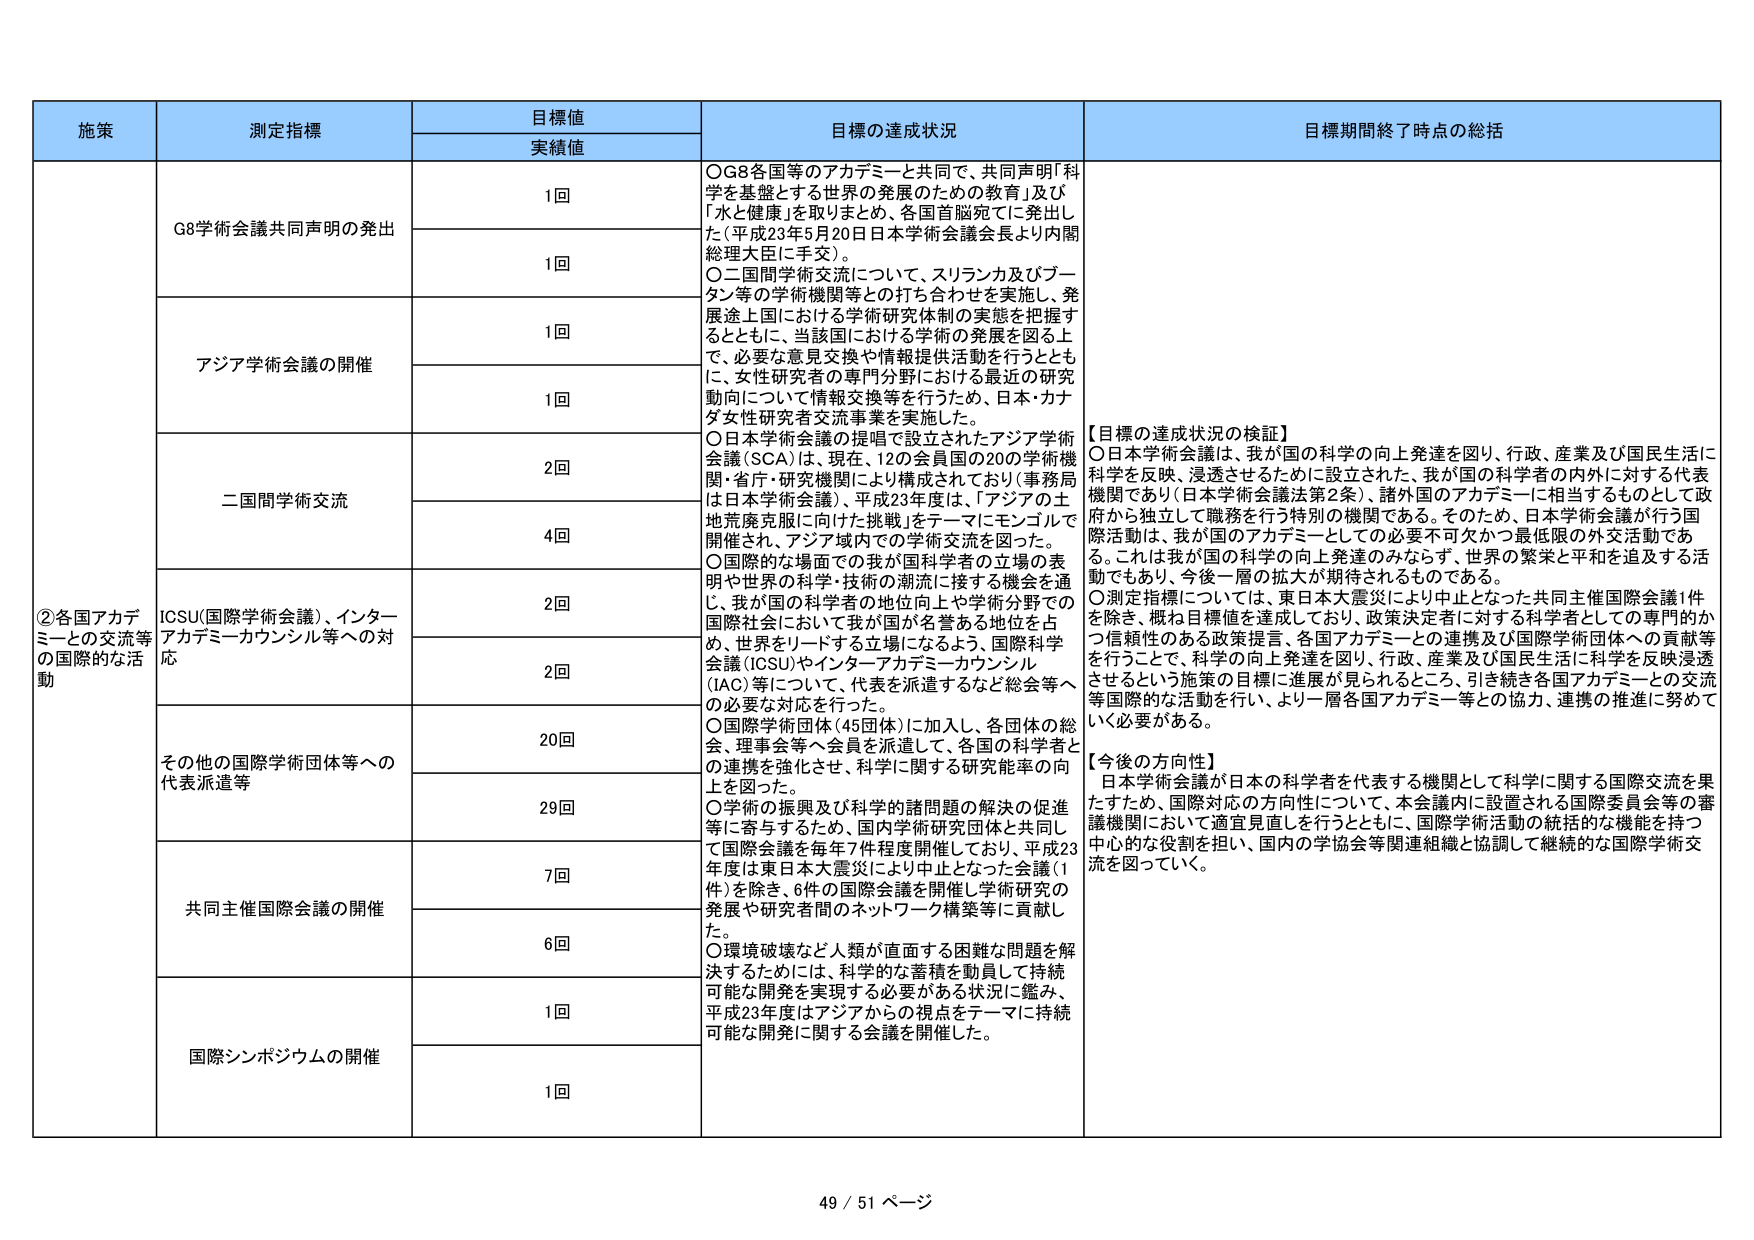
施策
測定指標
目標値
実績値
目標の達成状況
目標期間終了時点の総括

②各国アカデミーとの交流等の国際的な活動
G8学術会議共同声明の発出
1回
○G8各国等のアカデミーと共同で、共同声明「科学を基盤とする世界の発展のための教育」及び「水と健康」を取りまとめ、各国首脳宛てに発出した（平成23年5月20日日本学術会議会長より内閣総理大臣に手交）。
1回
○二国間学術交流について、スリランカ及びブータン等の学術機関等との打ち合わせを実施し、発展途上国における学術研究体制の実態を把握するとともに、当該国における学術の発展を図る上で、必要な意見交換や情報提供活動を行うとともに、女性研究者の専門分野における最近の研究動向について情報交換等を行うため、日本・カナダ女性研究者交流事業を実施した。

アジア学術会議の開催
1回
○日本学術会議の提唱で設立されたアジア学術会議（SCA）は、現在、12の会員国の20の学術機関・省庁・研究機関により構成されており（事務局は日本学術会議）、平成23年度は、「アジアの土地荒廃克服に向けた挑戦」をテーマにモンゴルで開催され、アジア域内での学術交流を図った。
1回

二国間学術交流
2回
○国際的な場面での我が国科学者の立場の表明や世界の科学・技術の潮流に接する機会を通じ、我が国の科学者の地位向上や学術分野での国際社会において我が国が名誉ある地位を占め、世界をリードする立場になるよう、国際科学会議（ICSU）やインターナショナル・アカデミーカウンシル（IAC）等について、代表を派遣するなど総会等への必要な対応を行った。
4回

ICSU（国際学術会議）、インターナショナル・アカデミーカウンシル等への対応
2回
○国際学術団体（45団体）に加入し、各団体の総会、理事会等へ会員を派遣して、各国の科学者との連携を強化させ、科学に関する研究能率の向上を図った。
2回

その他の国際学術団体等への代表派遣等
20回
○学術の振興及び科学的諸問題の解決の促進等に寄与するため、国内学術研究団体と共同して国際会議を毎年7件程度開催しており、平成23年度は東日本大震災により中止となった会議（1件）を除き、6件の国際会議を開催し学術研究の発展や研究者間のネットワーク構築等に貢献した。
29回

共同主催国際会議の開催
7回
○環境破壊など人類が直面する困難な問題を解決するためには、科学的な蓄積を動員して持続可能な開発を実現する必要がある状況に鑑み、平成23年度はアジアからの視点をテーマに持続可能な開発に関する会議を開催した。
6回

国際シンポジウムの開催
1回
1回

【目標の達成状況の検証】
○日本学術会議は、我が国の科学の向上発達を図り、行政、産業及び国民生活に科学を反映、浸透させるために設立された、我が国の科学者の内外に対する代表機関であり（日本学術会議法第2条）、諸外国のアカデミーに相当するものとして政府から独立して職務を行う特別の機関である。そのため、日本学術会議が行う国際活動は、我が国のアカデミーとしての必要不可欠かつ最低限の外交活動である。これは我が国の科学の向上発達のみならず、世界の繁栄と平和を追及する活動でもあり、今後一層の拡大が期待されるものである。
○測定指標については、東日本大震災により中止となった共同主催国際会議1件を除き、概ね目標値を達成しており、政策決定者に対する科学者としての専門的かつ信頼性のある政策提言、各国アカデミーとの連携及び国際学術団体への貢献等を行うことで、科学の向上発達を図り、行政、産業及び国民生活に科学を反映浸透させるという施策の目標に進展が見られるところ、引き続き各国アカデミーとの交流等国際的な活動を行い、より一層各国アカデミー等との協力、連携の推進に努めていく必要がある。

【今後の方針性】
日本学術会議が日本の科学者を代表する機関として科学に関する国際交流を果たすため、国際対応の方向性について、本会議内に設置される国際委員会等の審議機関において適宜見直しを行うとともに、国際学術活動の統括的な機能を持つ中心的な役割を担い、国内の学協会等関連組織と協調して継続的な国際学術交流を図っていく。

49 / 51 ページ